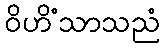
ဝိဟိံသာသညံ